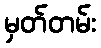
မှတ်တမ်း